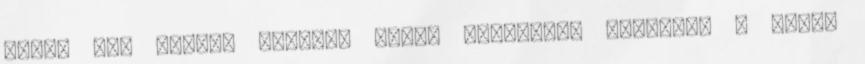
erőmű egy tároló illetve annak különböző szintjei , hanem